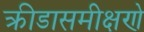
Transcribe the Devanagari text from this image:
क्रीडासमीक्षणे